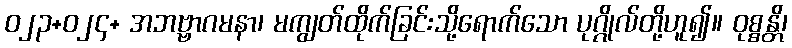
ဝ၂၃+၀၂၄+ အဘဗ္ဗာဂမနာ၊ မကျွတ်ထိုက်ခြင်းသို့ရောက်သော ပုဂ္ဂိုလ်တို့ဟူ၍။ ဝုစ္စန္တိ၊